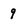
Character: 9